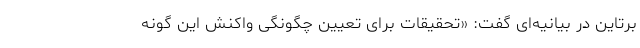
برتاین در بیانیه‌ای گفت: «تحقیقات برای تعیین چگونگی واکنش این گونه